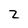
Character: z